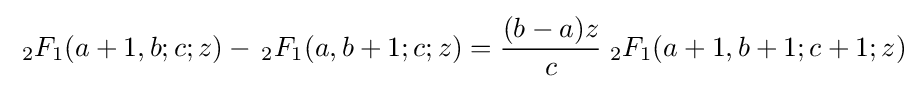
\;{}_{2}F_{1}(a+1,b;c;z)-\,{}_{2}F_{1}(a,b+1;c;z)={\frac {(b-a)z}{c}}\;{}_{2}F_{1}(a+1,b+1;c+1;z)